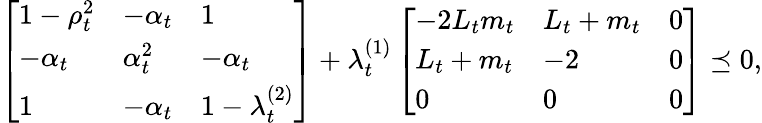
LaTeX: \begin{array}{r}{\left[\begin{array}{lll}{1-\rho_{t}^{2}}&{-\alpha_{t}}&{1}\\ {-\alpha_{t}}&{\alpha_{t}^{2}}&{-\alpha_{t}}\\ {1}&{-\alpha_{t}}&{1-\lambda_{t}^{(2)}}\end{array}\right]+\lambda_{t}^{(1)}\left[\begin{array}{lll}{-2L_{t}m_{t}}&{L_{t}+m_{t}}&{0}\\ {L_{t}+m_{t}}&{-2}&{0}\\ {0}&{0}&{0}\end{array}\right]\preceq 0,}\end{array}